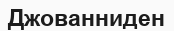
Джованниден